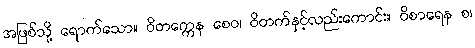
အဖြစ်သို့ ရောက်သော။ ဝိတက္ကေန စေဝ၊ ဝိတက်နှင့်လည်းကောင်း။ ဝိစာရေန စ၊